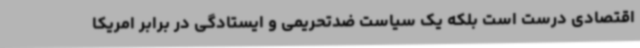
اقتصادی درست است بلکه یک سیاست ضدتحریمی و ایستادگی در برابر امریکا